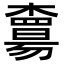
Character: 𣝻